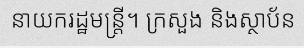
នាយករដ្ឋមន្ត្រី។ ក្រសួង និងស្ថាប័ន